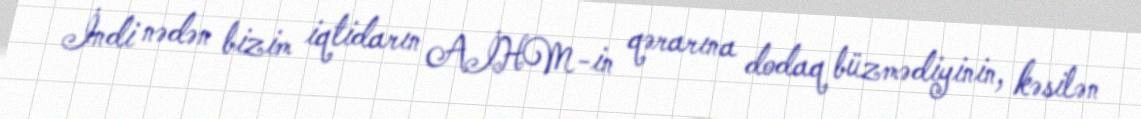
İndi nədən bizim iqtidarın AİHM-in qərarına dodaq büzmədiyinin, kəsilən